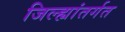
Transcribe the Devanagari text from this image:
जिल्ह्यांतर्गत